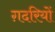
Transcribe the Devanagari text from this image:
ग़दरियों